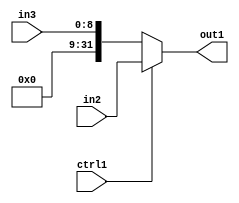
`timescale 1ps / 1ps
/*****************************************************************************
    Verilog RTL Description
    
    
    Created by: Stratus DpOpt 21.05.01 
*******************************************************************************/

module SobelFilter_N_Mux_32_2_64_1 (
	in3,
	in2,
	ctrl1,
	out1
	); /* architecture "behavioural" */ 
input [8:0] in3;
input [31:0] in2;
input  ctrl1;
output [31:0] out1;
wire [31:0] asc001;

reg [31:0] asc001_tmp_0;
assign asc001 = asc001_tmp_0;
always @ (ctrl1 or in2 or in3) begin
	case (ctrl1)
		1'B1 : asc001_tmp_0 = in2 ;
		default : asc001_tmp_0 = in3 ;
	endcase
end

assign out1 = asc001;
endmodule

/* CADENCE  uLfxTg4= : u9/ySxbfrwZIxEzHVQQV8Q== ** DO NOT EDIT THIS LINE ******/